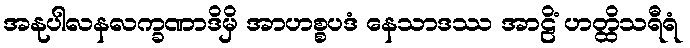
အနုပါလနလက္ခဏာဒိမှိ အာဟစ္စပဒံ နေသာဒဿ အာဠိံ ဟတ္ထိသရီရံ